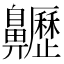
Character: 𪗁